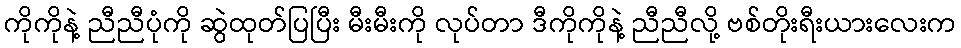
ကိုကိုနဲ့ ညီညီပုံကို ဆွဲထုတ်ပြပြီး မီးမီးကို လုပ်တာ ဒီကိုကိုနဲ့ ညီညီလို့ ဗစ်တိုးရီးယားလေးက